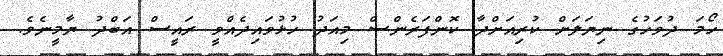
ހޯމަ ދުވަހުގެ ނިޔަލަށް ކުރިއަށްދާ ކޮންފަރެންސް މިއަދު ހުޅުވައިދެއްވީ ރައީސް އަބްދު ޔާމީނެވެ.